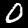
Label: 0